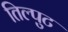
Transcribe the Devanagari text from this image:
तिल्पुट